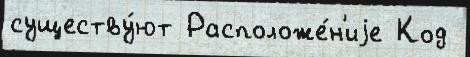
существу́ют Расположе́н'иjе Код